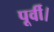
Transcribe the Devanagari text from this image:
पूर्वी।